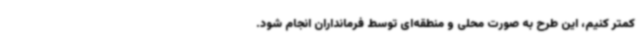
کمتر کنیم، این طرح به صورت محلی و منطقه‌ای توسط فرمانداران انجام شود.